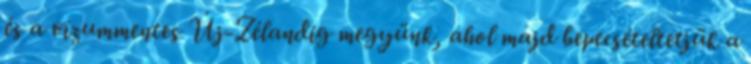
és a vízummentes Új-Zélandig megyünk, ahol majd bepecsételtetjük a